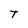
Character: T